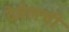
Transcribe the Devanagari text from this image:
देबेलची